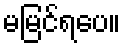
မမြင်ရပေ။